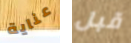
عناية قبل